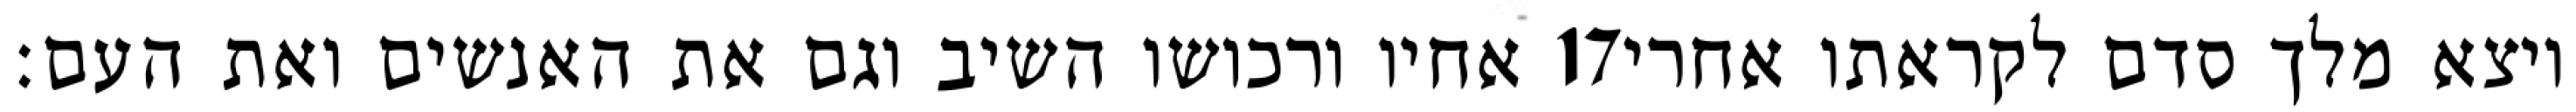
אחיו ורכושו השיב וגם את האנשים ואת העם׃ ‎17‏ ויצא מלך סדם לקראתו אחרי